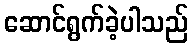
ဆောင်ရွက်ခဲ့ပါသည်